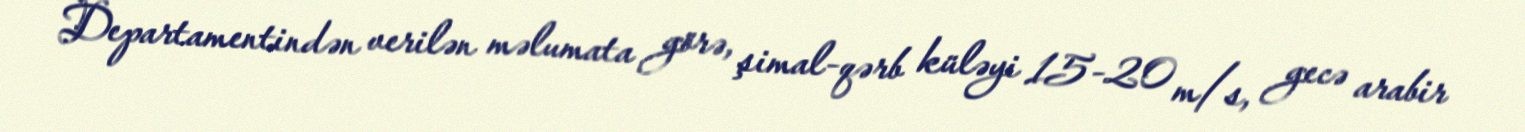
Departamentindən verilən məlumata görə, şimal-qərb küləyi 15-20 m/s, gecə arabir